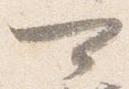
可